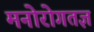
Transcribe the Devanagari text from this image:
मनोरोगतज्ञ